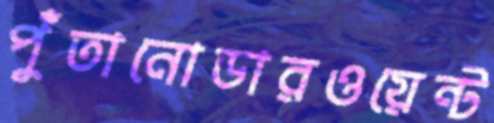
পুঁতানোডারওয়েন্ট